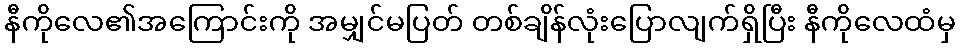
နီကိုလေ၏အကြောင်းကို အမျှင်မပြတ် တစ်ချိန်လုံးပြောလျက်ရှိပြီး နီကိုလေထံမှ